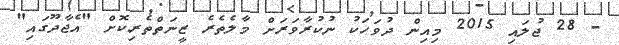
- 28 ޖުލައި 2015 މިިއިން ދުވަހަކު ނުކުރާވަރަށް މާލެތެރެ ޒީނަތްތެރިކޮށް "އެޖާދޫގައި"